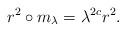
LaTeX: \begin{align*} r^2 \circ m_{\lambda} = \lambda^{2c} r^2 .\end{align*}